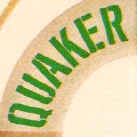
QUAKER